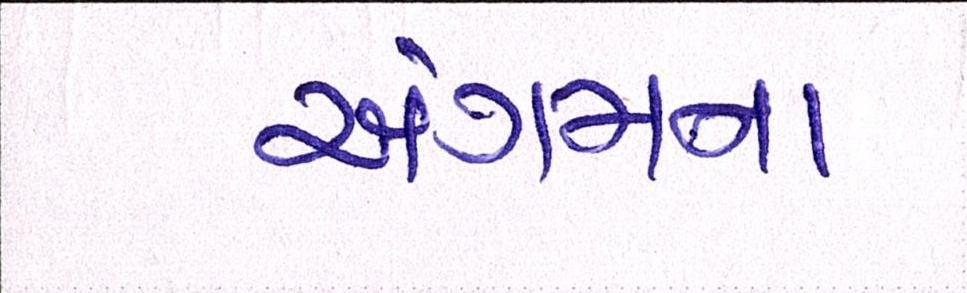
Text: અંગમનાં